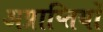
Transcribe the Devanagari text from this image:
अप्राप्तियों